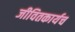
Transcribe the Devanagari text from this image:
जीवितकार्यच